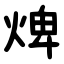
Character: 焷